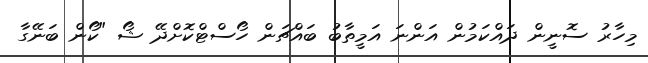
މިހާރު ސޮނީން ދައްކަމުން އަންނަ އަމީތާބު ބައްޗަން ހޯސްޓްކޮށްދޭ ޝޯ "ކޯން ބަނޭގާ